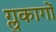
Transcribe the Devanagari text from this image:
ग्लुकागों